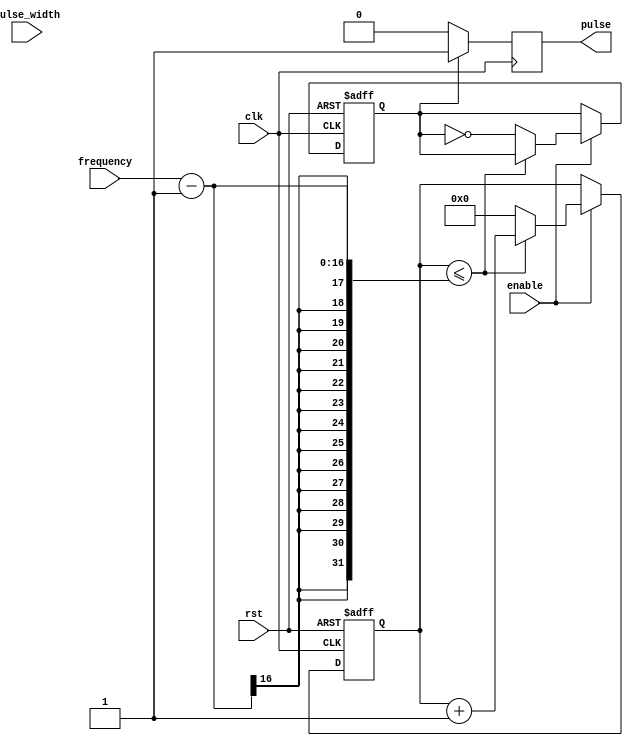
module PulseGenerator (
input wire clk,
input wire rst,
input wire enable,
input wire [7:0] pulse_width,
input wire [15:0] frequency,
output reg pulse
);

reg [15:0] count;
reg pulse_generated;

always @(posedge clk or posedge rst) begin
    if (rst) begin
        count <= 0;
        pulse_generated <= 0;
    end else if (enable) begin
        if (count <= (frequency - 1)) begin
            count <= count + 1;
        end else begin
            count <= 0;
            pulse_generated <= ~pulse_generated;
        end
    end
end

always @(posedge clk) begin
    if (pulse_generated) begin
        pulse <= 1;
    end else begin
        pulse <= 0;
    end
end

endmodule